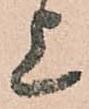
上